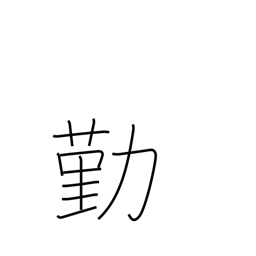
Meaning: become employed